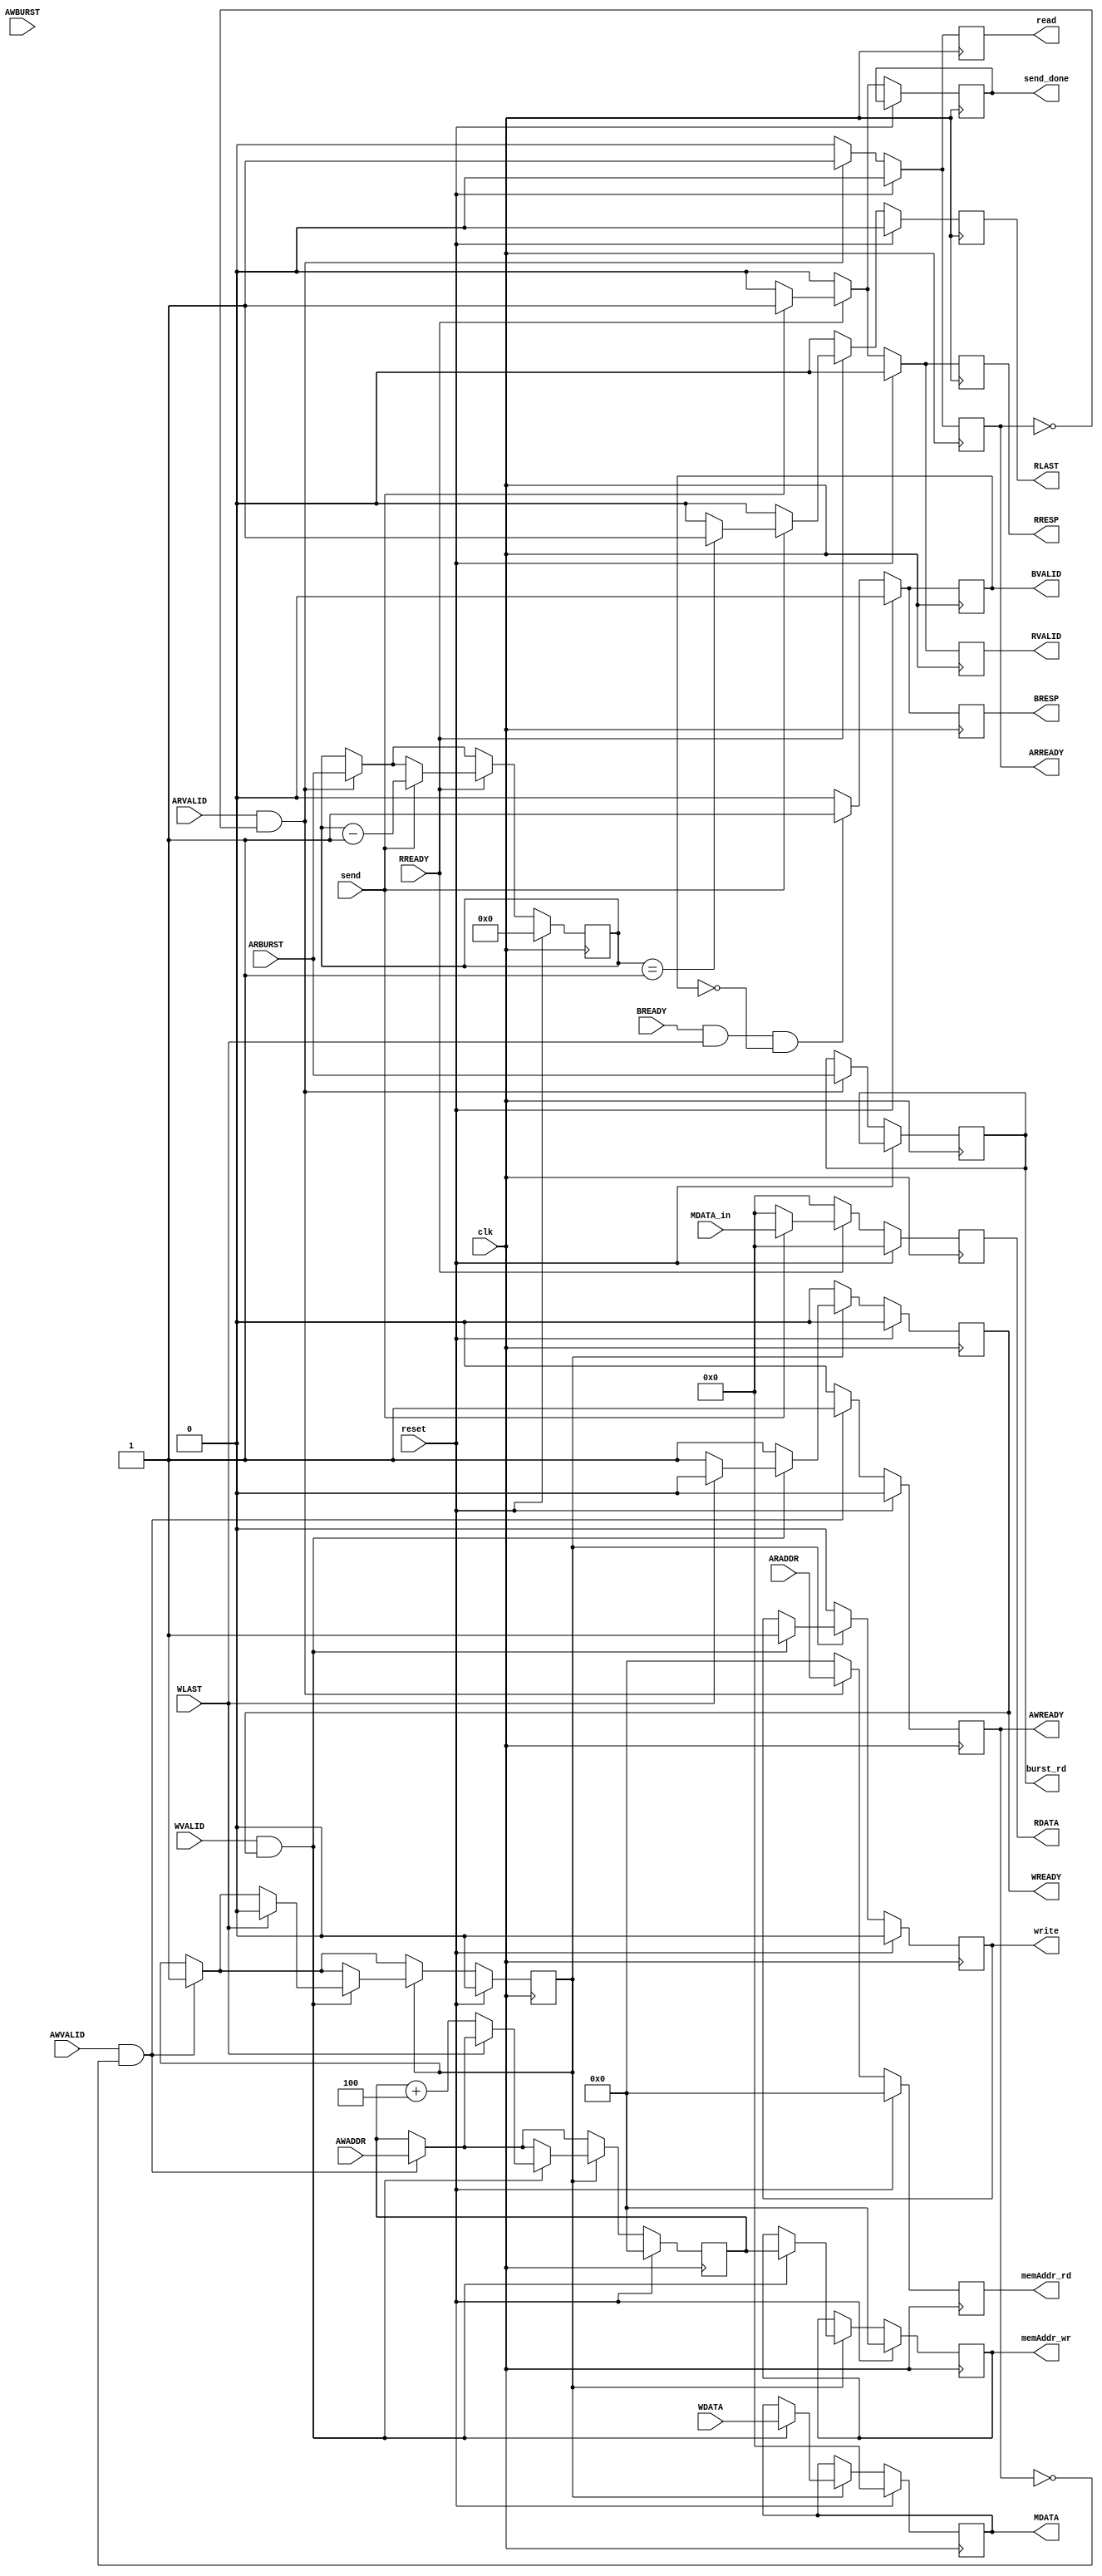
module axi_slave_interface(
    input clk,
    input reset,
    //AW Channel
    input [7:0] AWADDR,
    input AWVALID,
    input [3:0] AWBURST,
    output reg AWREADY,

    //W Channel
    input [31:0] WDATA,
    input WVALID,
    input WLAST,
    output reg WREADY,
    
    //B Channel
    output reg BRESP,
    output reg BVALID,
    input BREADY,
    
    //AR Channel
    input [7:0] ARADDR,
    input ARVALID,
    input [3:0] ARBURST,
    output reg ARREADY,
    
    //R Channel 
    output reg [31:0] RDATA,
    output reg RVALID,
    input RREADY,
    output reg RLAST,
    output reg RRESP,
    
    
    // from memory
    //to memory
    input [31:0] MDATA_in,
    input send,
    output reg send_done,
    output reg [31:0] MDATA,
    output reg [7:0] memAddr_rd,
    output reg [7:0] memAddr_wr,
    output reg [3:0] burst_rd,
    output reg write,
    output reg read
    
    
    );
    reg w_flag;
    reg [7:0] waddr,raddr;
    reg [3:0] r_burst, w_burst;
    //reg [31:0] data [`burst_length_word - 1:0];
    reg [5:0] count;
    integer i;
    always @(posedge clk) begin
        if (reset) begin
            AWREADY <= 0;
            WREADY <= 0;
            ARREADY <= 0;
            count <= 0;
            BRESP <= 0;
            BVALID <= 0;
            RDATA <= 0;
            RVALID <= 0;
            RLAST <= 0;
            RRESP <= 0;
            MDATA <= 0;
            memAddr_rd <= 0;
            memAddr_wr <= 0;
            write <=0;
            read <= 0;
            waddr <= 0;
            raddr <= 0;
            w_flag <= 0;
            r_burst <= 0;
            w_burst <= 0;
        end
        else begin
            if (AWVALID && !AWREADY) begin
                waddr <= AWADDR;
                AWREADY <= 1;
                w_flag <= 1;
                w_burst <= AWBURST;
            end
            else begin
                AWREADY <= 0;
            end
            
            
            if (w_flag) begin
                WREADY <= 1;
                if (WVALID && WREADY) begin
                    if (WLAST) begin
                        memAddr_wr <= waddr;
                        MDATA <= WDATA;
                        write <= 1;
                        WREADY <= 0;
                        w_flag <= 0;
                    end
                    else begin
                        memAddr_wr <= waddr;
                        waddr <= waddr + 4;
                        MDATA <= WDATA;
                        write <= 1;
                    end
                end
            end
            else begin
                WREADY <= 0;
                write <= 0;
            end
            
            if (BREADY && WLAST && !BVALID) begin
                BVALID <= 1;
                BRESP <= 1;
            end
            else begin
                BVALID <= 0;
                BRESP <= 0;
            end
            
            if (ARVALID && !ARREADY) begin
                ARREADY <= 1;
                read <= 1;
                memAddr_rd <= ARADDR;
                r_burst <= ARBURST;
                burst_rd <= ARBURST;
            end
            else begin
                ARREADY <= 0;
                memAddr_rd <= 0;
                read <= 0;
            end
            
            if (RREADY) begin
                if (r_burst == 1) RLAST <= 1;
                else RLAST <= 0;
                if (send) begin
                    RRESP <= 1;
                    RDATA <= MDATA_in;
                    send_done <= 1;
                    r_burst <= r_burst - 1;
                    RVALID <= 1;
                end
                else begin
                    RVALID <= 0;
                    RRESP <= 0;
                    RDATA <= 0;
                    send_done <= 0;
                    RLAST <= 0;
                end
            end
            else begin
                RVALID <= 0;
                RRESP <= 0;
                RDATA <= 0;
                send_done <= 0;
                RLAST <= 0;
            end
        end
    end    
endmodule